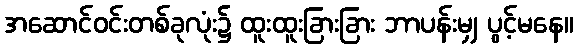
အဆောင်ဝင်းတစ်ခုလုံး၌ ထူးထူးခြားခြား ဘာပန်းမျှ ပွင့်မနေ။